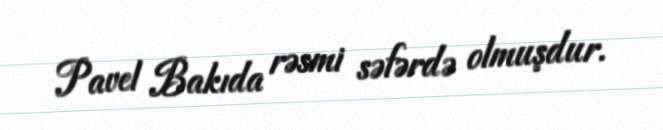
Pavel Bakıda rəsmi səfərdə olmuşdur.